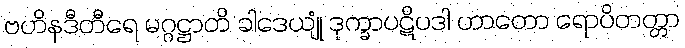
ဗဟိနဒီတီရေ မဂ္ဂဋ္ဌာတိ ခါဒေယျုံ ဒုက္ခာပဋိပဒါ ဟာတော ရောပိတတ္တာ